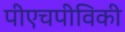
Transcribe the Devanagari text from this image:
पीएचपीविकी